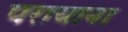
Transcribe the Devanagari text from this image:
परायाना